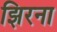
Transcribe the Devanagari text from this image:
झिरना